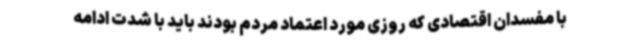
با مفسدان اقتصادی که روزی مورد اعتماد مردم بودند باید با شدت ادامه